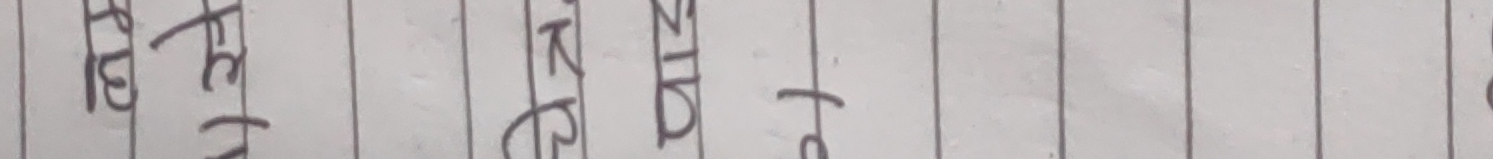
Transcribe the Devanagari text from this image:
रहेछ ।